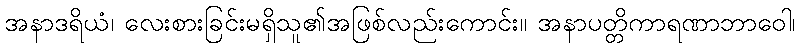
အနာဒရိယံ၊ လေးစားခြင်းမရှိသူ၏အဖြစ်လည်းကောင်း။ အနာပတ္တိကာရဏာဘာဝေါ၊